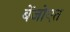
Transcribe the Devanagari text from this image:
बेंजोएत